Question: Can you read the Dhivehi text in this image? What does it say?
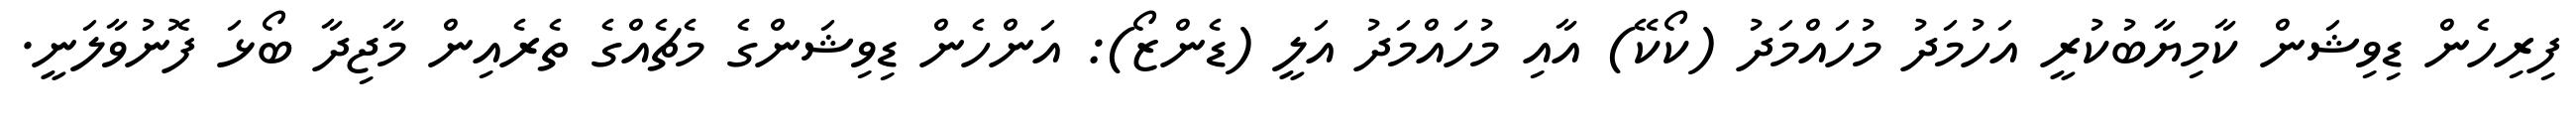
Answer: ފިރިހެން ޑިވިޝަން ކާމިޔާބުކުރީ އަހުމަދު މުހައްމަދު (ކޯކޭ) އާއި މުހައްމަދު އަލީ (ޑެންޒޯ): އަންހެން ޑިވިޝަންގެ މެޗެއްގެ ތެރެއިން މާޖިދާ ބޯޅަ ފޮނުވާލަނީ.